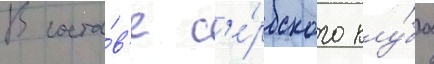
В соста́в'е с'е́рбского клу́ба